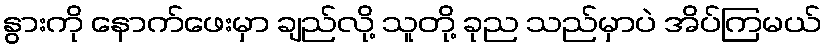
နွားကို နောက်ဖေးမှာ ချည်လို့ သူတို့ ခုည သည်မှာပဲ အိပ်ကြမယ်